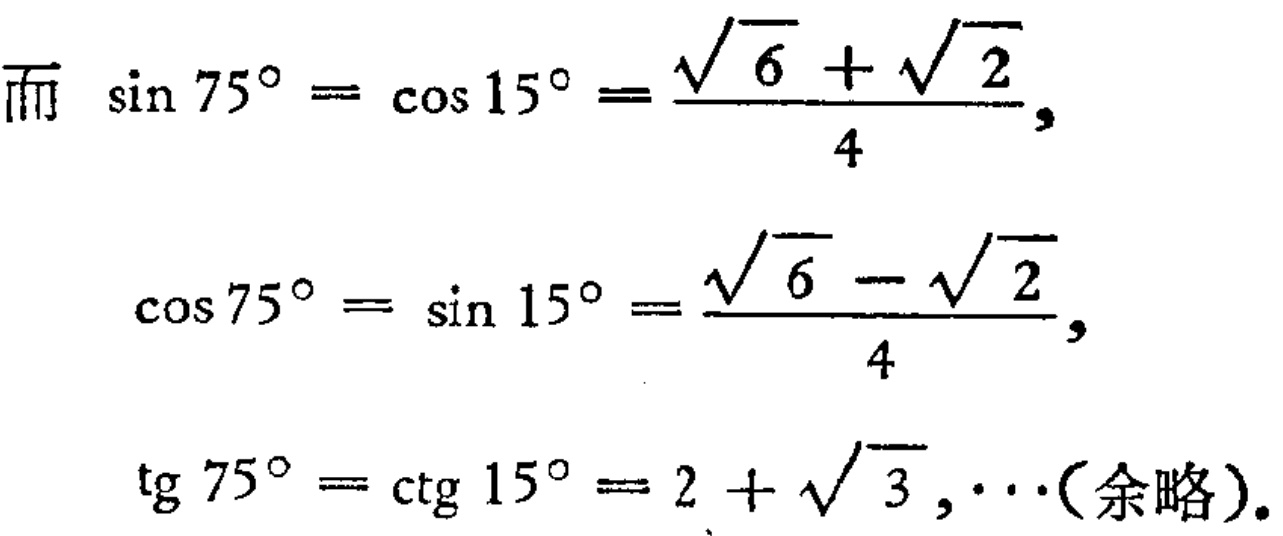
而 $\sin 75^{\circ}=\cos 15^{\circ}=\frac{\sqrt{6}+\sqrt{2}}{4}$,
$\cos 75^{\circ}=\sin 15^{\circ}=\frac{\sqrt{6}-\sqrt{2}}{4}$,
$\text{tg }75^{\circ}=\text{ctg }15^{\circ}=2 + \sqrt{3},\cdots$(余略).